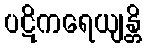
ပဋိကရေယျန္တိ